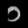
Digit: ၁